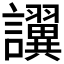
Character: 𫍖